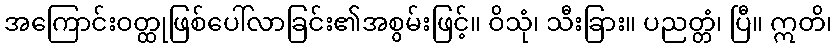
အကြောင်းဝတ္ထုဖြစ်ပေါ်လာခြင်း၏အစွမ်းဖြင့်။ ဝိသုံ၊ သီးခြား။ ပညတ္တံ၊ ပြီ။ ဣတိ၊